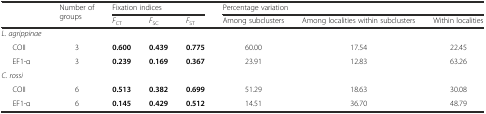
<table><thead><tr><td rowspan="2">[EMPTY_CELL]</td><td rowspan="2"><b>Number of groups</b></td><td colspan="3"><b>Fixation indices</b></td><td colspan="3"><b>Percentage variation</b></td></tr><tr><td><b><i>F</i><sub>CT</sub></b></td><td><b><i>F</i><sub>SC</sub></b></td><td><b><i>F</i><sub>ST</sub></b></td><td><b>Among subclusters</b></td><td><b>Among localities within subclusters</b></td><td><b>Within localities</b></td></tr></thead><tbody><tr><td><i>L. agrippinae</i></td><td>[EMPTY_CELL]</td><td>[EMPTY_CELL]</td><td>[EMPTY_CELL]</td><td>[EMPTY_CELL]</td><td>[EMPTY_CELL]</td><td>[EMPTY_CELL]</td><td>[EMPTY_CELL]</td></tr><tr><td>COII</td><td>3</td><td><b>0.600</b></td><td><b>0.439</b></td><td><b>0.775</b></td><td>60.00</td><td>17.54</td><td>22.45</td></tr><tr><td>EF1-α</td><td>3</td><td><b>0.239</b></td><td><b>0.169</b></td><td><b>0.367</b></td><td>23.91</td><td>12.83</td><td>63.26</td></tr><tr><td><i>C. rossi</i></td><td>[EMPTY_CELL]</td><td>[EMPTY_CELL]</td><td>[EMPTY_CELL]</td><td>[EMPTY_CELL]</td><td>[EMPTY_CELL]</td><td>[EMPTY_CELL]</td><td>[EMPTY_CELL]</td></tr><tr><td>COII</td><td>6</td><td><b>0.513</b></td><td><b>0.382</b></td><td><b>0.699</b></td><td>51.29</td><td>18.63</td><td>30.08</td></tr><tr><td>EF1-α</td><td>6</td><td><b>0.145</b></td><td><b>0.429</b></td><td><b>0.512</b></td><td>14.51</td><td>36.70</td><td>48.79</td></tr></tbody></table>